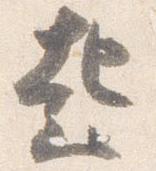
起